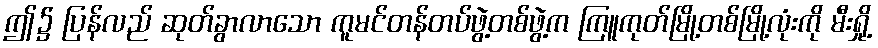
ဤ၌ ပြန်လည် ဆုတ်ခွာလာသော ကူမင်တန်တပ်ဖွဲ့တစ်ဖွဲ့က ကြူကုတ်မြို့တစ်မြို့လုံးကို မီးရှို့